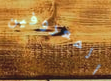
المعروفين